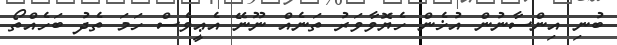
ބުނި އިންސާނުން އުޚެން ހެޔޮވާވަރު ތަނެއް ނޫނޭ އެޢީވެސް ހަމަ ތެދު ބަހެއްތޯ